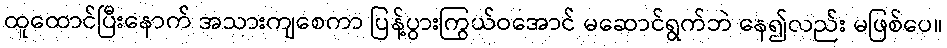
ထူထောင်ပြီးနောက် အသားကျစေကာ ပြန့်ပွားကြွယ်ဝအောင် မဆောင်ရွက်ဘဲ နေ၍လည်း မဖြစ်ပေ။